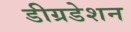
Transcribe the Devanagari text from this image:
डीग्रडेशन